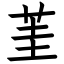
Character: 茥